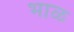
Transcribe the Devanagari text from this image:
भाळ